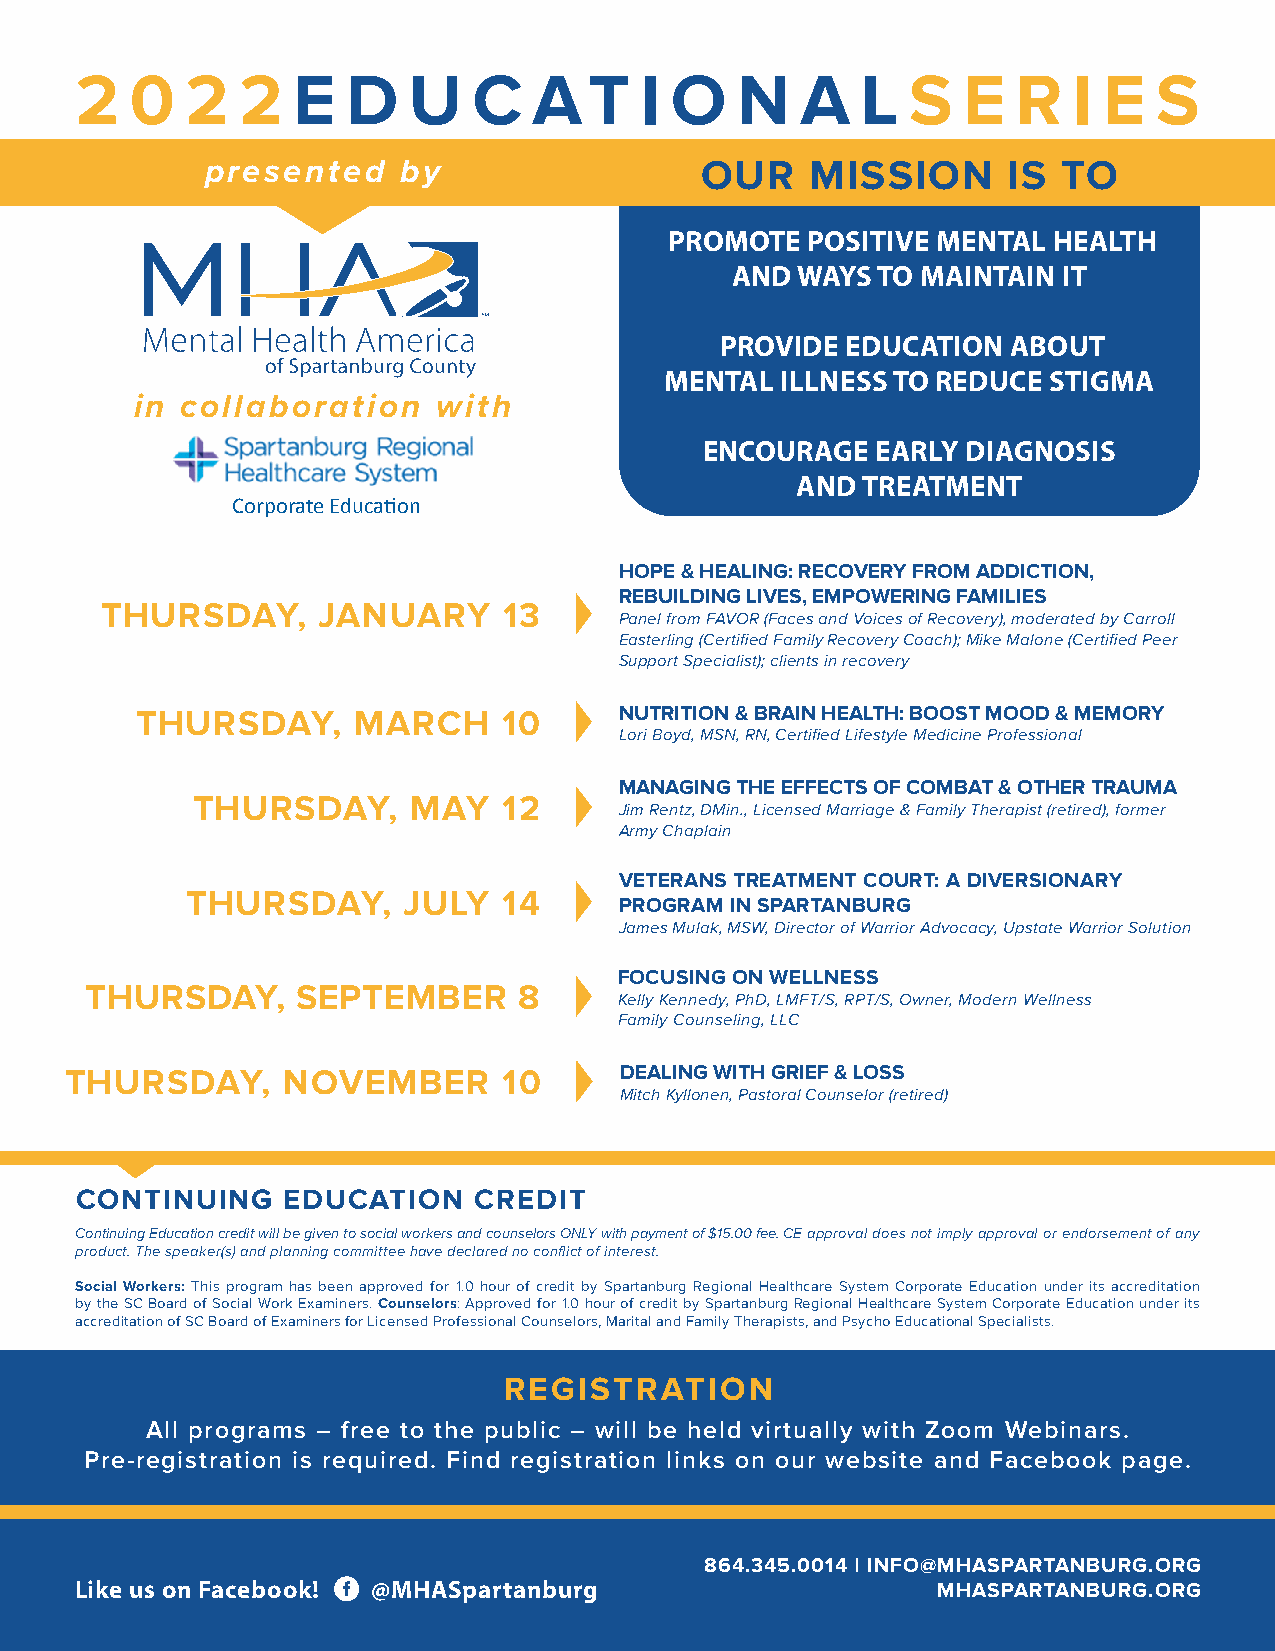
2   0  2   2E    D   U    C   AT     I O   N   A   LS    E   R   I E  S
 presented   by                  OUR     MISSION      IS TO
 PROMOTE  POSITIVE MENTAL  HEALTH
 AND  WAYS TO MAINTAIN IT
 PROVIDE EDUCATION  ABOUT
 MENTAL  ILLNESS TO REDUCE STIGMA
 in collaboration    with
 ENCOURAGE  EARLY DIAGNOSIS
 AND TREATMENT
 Corporate Educa-on
 HOPE & HEALING: RECOVERY FROM ADDICTION,
 REBUILDING LIVES, EMPOWERING FAMILIES
 THURSDAY,     JANUARY     13
 Panel from FAVOR (Faces and Voices of Recovery), moderated by Carroll
 Easterling (Certified Family Recovery Coach); Mike Malone (Certified Peer
 Support Specialist); clients in recovery
 THURSDAY,     MARCH     10      NUTRITION & BRAIN HEALTH: BOOST MOOD & MEMORY
 Lori Boyd, MSN, RN, Certified Lifestyle Medicine Professional
 MANAGING THE EFFECTS OF COMBAT & OTHER TRAUMA
 THURSDAY,     MAY   12
 Jim Rentz, DMin., Licensed Marriage & Family Therapist (retired), former
 Army Chaplain
 VETERANS TREATMENT COURT: A DIVERSIONARY
 THURSDAY,      JULY  14
 PROGRAM IN SPARTANBURG
 James Mulak, MSW, Director of Warrior Advocacy, Upstate Warrior Solution
 FOCUSING ON WELLNESS
 THURSDAY,     SEPTEMBER     8
 Kelly Kennedy, PhD, LMFT/S, RPT/S, Owner, Modern Wellness
 Family Counseling, LLC
 THURSDAY,      NOVEMBER      10      DEALING WITH GRIEF & LOSS
 Mitch Kyllonen, Pastoral Counselor (retired)
 CONTINUING    EDUCATION   CREDIT
 Continuing Education credit will be given to social workers and counselors ONLY with payment of $15.00 fee. CE approval does not imply approval or endorsement of any
 product. The speaker(s) and planning committee have declared no conflict of interest.
 Social Workers: This program has been approved for 1.0 hour of credit by Spartanburg Regional Healthcare System Corporate Education under its accreditation
 by the SC Board of Social Work Examiners. Counselors: Approved for 1.0 hour of credit by Spartanburg Regional Healthcare System Corporate Education under its
 accreditation of SC Board of Examiners for Licensed Professional Counselors, Marital and Family Therapists, and Psycho Educational Specialists.
 REGISTRATION
 All programs – free to the public – will be held virtually with Zoom Webinars.
 Pre-registration is required. Find registration links on our website and Facebook page.
 864.345.0014 | INFO@MHASPARTANBURG.ORG
 Like us on Facebook! @MHASpartanburg                     MHASPARTANBURG.ORG